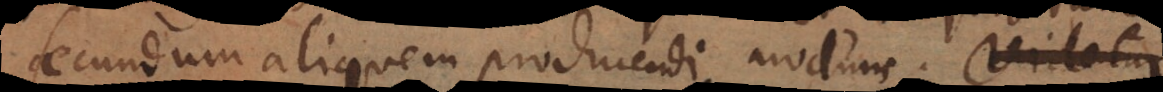
secundum aliquem producendi modum. Videtur